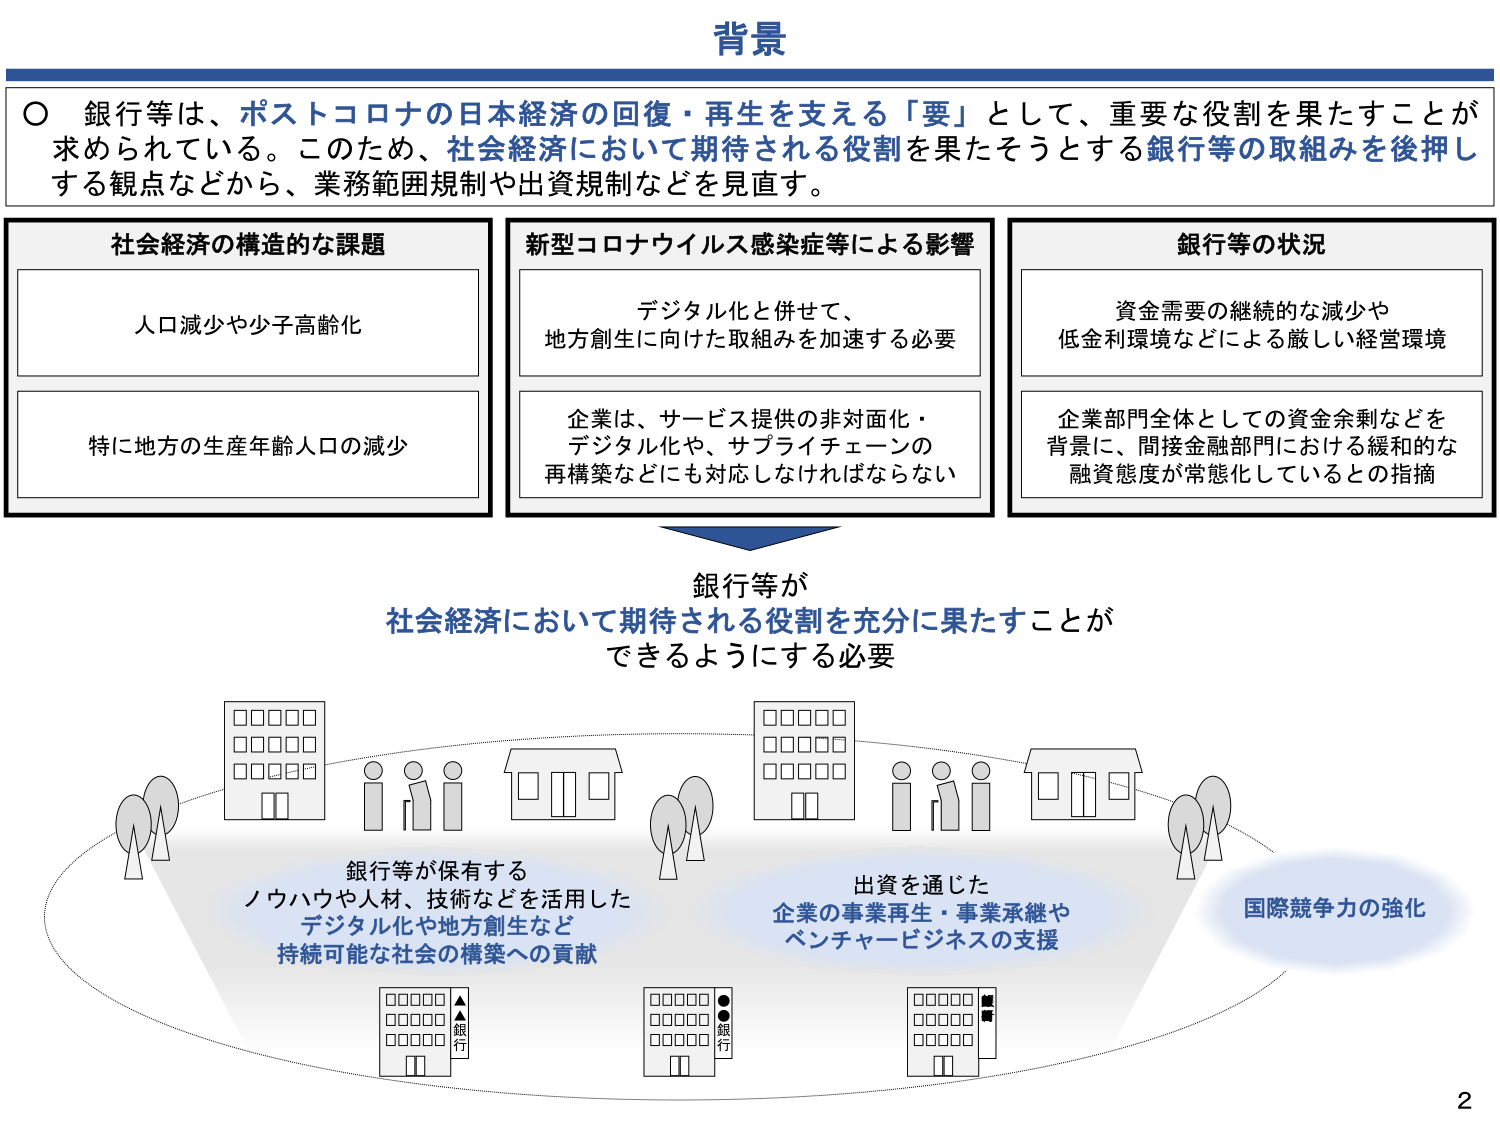
背景

○ 銀行等は、ポストコロナの日本経済の回復・再生を支える「要」として、重要な役割を果たすことが求められている。このため、社会経済において期待される役割を果たそうとする銀行等の取組みを後押しする観点などから、業務範囲規制や出資規制などを見直す。

社会経済の構造的な課題
人口減少や少子高齢化
特に地方の生産年齢人口の減少

新型コロナウイルス感染症等による影響
デジタル化と併せて、
地方創生に向けた取組みを加速する必要
企業は、サービス提供の非対面化・
デジタル化や、サプライチェーンの
再構築などにも対応しなければならない

銀行等の状況
資金需要の継続的な減少や
低金利環境などによる厳しい経営環境
企業部門全体としての資金余剰などを
背景に、間接金融部門における緩和的な
融資態度が常態化しているとの指摘

銀行等が
社会経済において期待される役割を充分に果たすことが
できるようにする必要

銀行等が保有する
ノウハウや人材、技術などを活用した
デジタル化や地方創生など
持続可能な社会の構築への貢献

出資を通じた
企業の事業再生・事業承継や
ベンチャービジネスの支援

国際競争力の強化

2